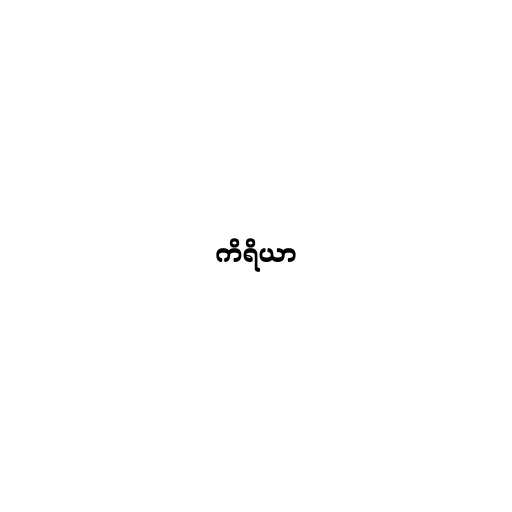
ကိရိယာ